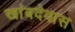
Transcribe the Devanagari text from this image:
खांबदेवास